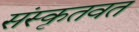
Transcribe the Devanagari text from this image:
संस्कृतवत